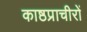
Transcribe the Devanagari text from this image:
काष्ठप्राचीरों